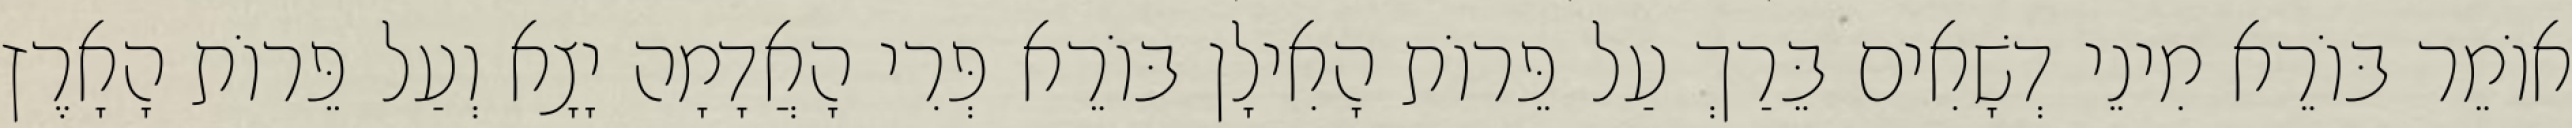
אוֹמֵר בּוֹרֵא מִינֵי דְשָׁאִים בֵּרַךְ עַל פֵּרוֹת הָאִילָן בּוֹרֵא פְּרִי הָאֲדָמָה יָצָא וְעַל פֵּרוֹת הָאָרֶץ